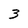
Character: 3